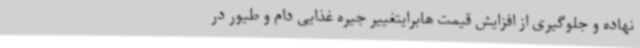
نهاده و جلوگیری از افزایش قیمت هابرایتغییر جیره غذایی دام و طیور در